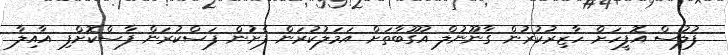
ފުލުސް އޮފީހަށް ހާޒިރުކުރުން ގާނޫނުލް އުގޫބާތަށް އަމަލުކުރަން ފެށުން ފަސްކުރަން ފާސްކޮށްފި އާއިލާ